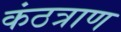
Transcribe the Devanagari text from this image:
कंठत्राण